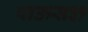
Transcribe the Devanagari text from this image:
पाऊस३१